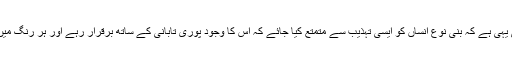
منشائے قدرت اور رمز مسلمانی بھی یہی ہے کہ بنی نوع انساں کو ایسی تہذیب سے متمتع کیا جائے کہ اس کا وجود پوری تابانی کے ساتھ برقرار رہے اور ہر رنگ میں اس کے وجود کا اثبات سامنے آئے۔